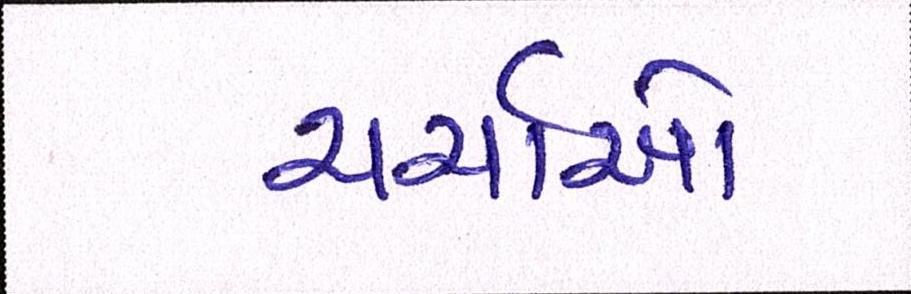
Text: ચર્ચાઓ